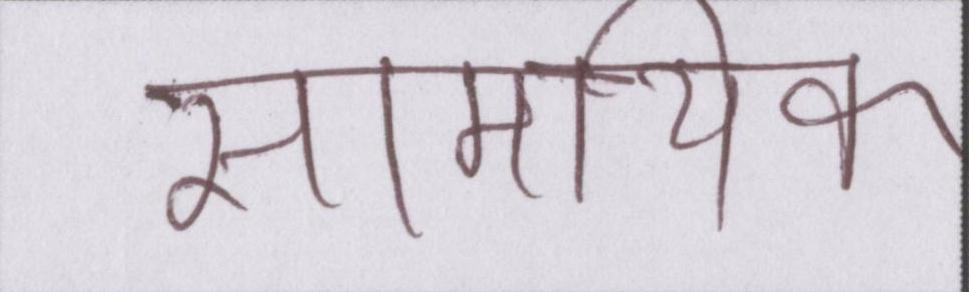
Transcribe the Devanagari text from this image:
सामयिक